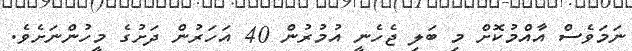
ނަމަވެސް އާއްމުކޮށް މި ބަލި ޖެހެނީ އުމުރުން 40 އަހަރުން ދަށުގެ މީހުންނަށެވެ.